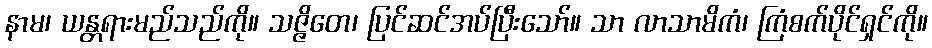
နာမ၊ ယန္တရားမည်သည်ကို။ သဇ္ဇိတေ၊ ပြင်ဆင်အပ်ပြီးသော်။ သာ လာသာမိကံ၊ ကြံစက်ပိုင်ရှင်ကို။